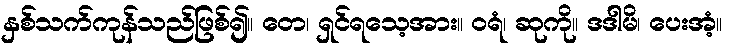
နှစ်သက်ကုန်သည်ဖြစ်၍။ တေ၊ ရှင်ရသေ့အား။ ဝရံ၊ ဆုကို။ ဒဒါမိ၊ ပေးအံ့။